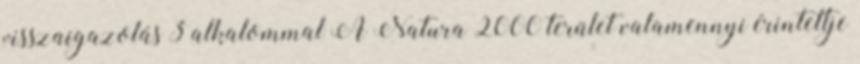
visszaigazolás 3 alkalommal A Natura 2000 terület valamennyi érintettje